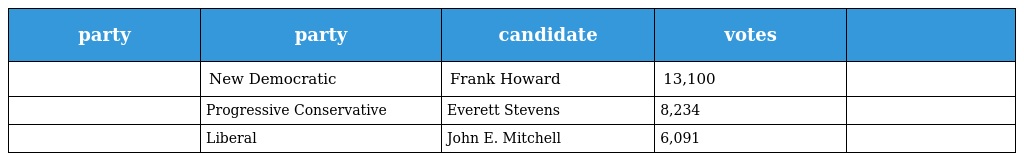
| party | party | candidate | votes |  |
 | --- | --- | --- | --- | --- |
 |  | New Democratic | Frank Howard | 13,100 |  |
 |  | Progressive Conservative | Everett Stevens | 8,234 |  |
 |  | Liberal | John E. Mitchell | 6,091 |  |